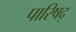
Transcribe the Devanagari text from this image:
पारिषद्